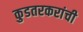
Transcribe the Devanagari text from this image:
कुडतरकरांची